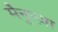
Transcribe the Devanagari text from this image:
मैनुन्ज़ा